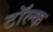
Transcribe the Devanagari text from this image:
टॉल्क